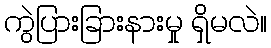
ကွဲပြားခြားနားမှု ရှိမလဲ။